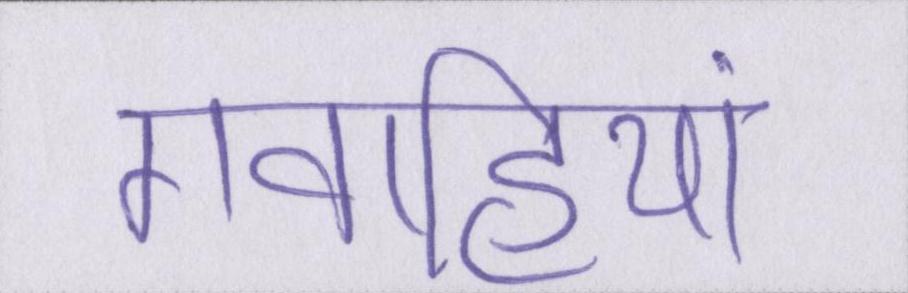
गवाहियां